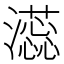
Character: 𬉡